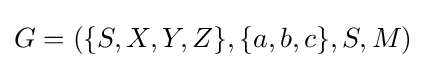
G=(\{S,X,Y,Z\},\{a,b,c\},S,M)